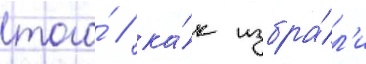
того́ / ка́к избра́л'и